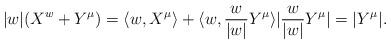
LaTeX: \begin{align*}|w|(X^w+Y^\mu)= \langle w ,X^\mu\rangle + \langle w, \frac{w}{|w|}Y^\mu \rangle |\frac{w}{|w|}Y^\mu|=|Y^\mu|.\end{align*}